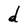
Character: d